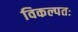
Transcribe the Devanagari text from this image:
विकल्पतः